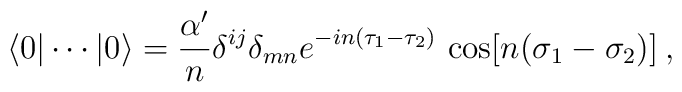
\langle 0 | \cdots | 0 \rangle=  \frac{\alpha'}{n} \delta^{ij}\delta_{mn}e^{-in(\tau_1-\tau_2)}\,  \cos[n(\sigma_1-\sigma_2)] \>,